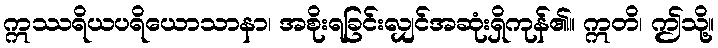
ဣဿရိယပရိယောသာနာ၊ အစိုးရခြင်းလျှင်အဆုံးရှိကုန်၏။ ဣတိ၊ ဤသို့။